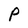
Character: P